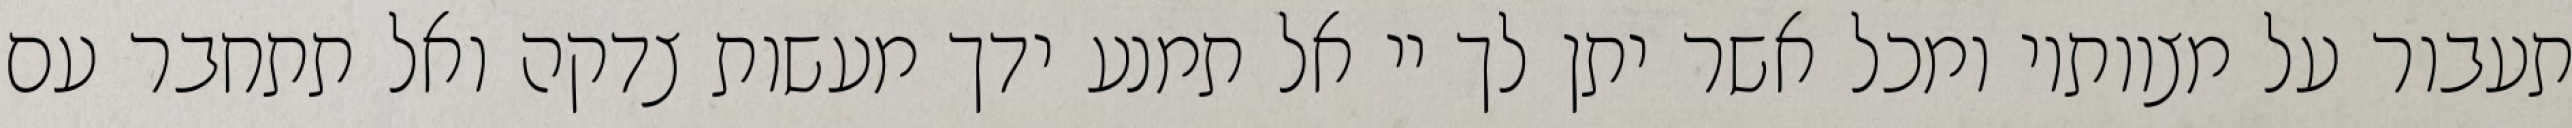
תעבור על מצוותיו ומכל אשר יתן לך יי אל תמנע ידך מעשות צדקה ואל תתחבר עם